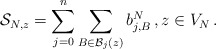
\begin{align*} \mathcal{S}_{N, z} = \sum_{j=0}^n \sum_{B \in \mathcal{B}_j (z)} b_{j,B}^N\,,z\in V_N\,.\end{align*}